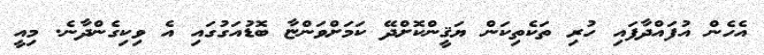
އެހެން އުފައްދާފައި ހުރި ތަކެތިކަން ޔަޤީންކޮށްދޭ ކަމަށްވަންޏާ ބޮޑުއަގުގައި އެ ވިކިގެންދާނެ. މިއީ